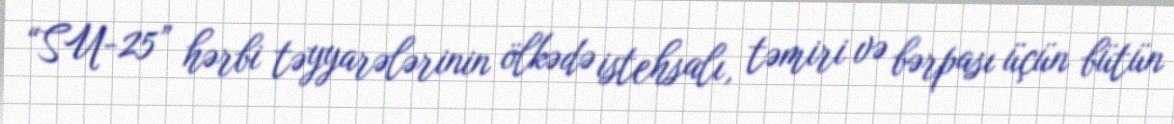
“SU-25” hərbi təyyarələrinin ölkədə istehsalı, təmiri və bərpası üçün bütün